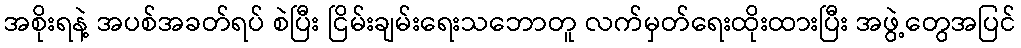
အစိုးရနဲ့ အပစ်အခတ်ရပ် စဲပြီး ငြိမ်းချမ်းရေးသဘောတူ လက်မှတ်ရေးထိုးထားပြီး အဖွဲ့တွေအပြင်